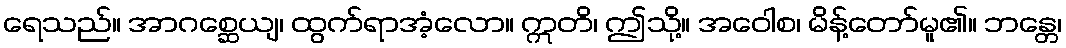
ရေသည်။ အာဂစ္ဆေယျ၊ ထွက်ရာအံ့လော။ ဣတိ၊ ဤသို့။ အဝေါစ၊ မိန့်တော်မူ၏။ ဘန္တေ၊